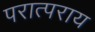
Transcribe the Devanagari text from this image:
परात्पराय